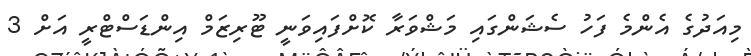
މިއަދުގެ އެންމެ ފަހު ސެޝަންގައި މަޝްވަރާ ކޮށްފައިވަނީ ޓޫރިޒަމް އިންޑަސްޓްރީ އަށް 3